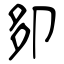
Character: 卶